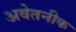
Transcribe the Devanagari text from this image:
अवेतनीक